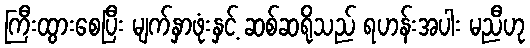
ကြီးထွားစေပြီး မျက်နှာဖုံးနှင့် ဆစ်ဆရိုသည် ရဟန်းအပါး မညီဟု